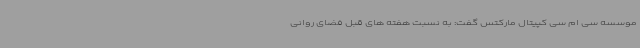
موسسه سی ام سی کپیتال مارکتس گفت: به نسبت هفته های قبل فضای روانی